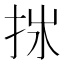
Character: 𢫂